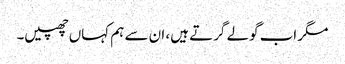
مگر اب گولے گرتے ہیں، ان سے ہم کہاں چھپیں۔